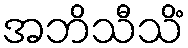
အဘိသီသိံ